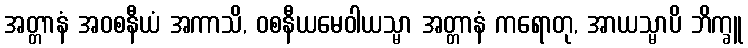
အတ္တာနံ အဝစနီယံ အကာသိ, ဝစနီယမေဝါယသ္မာ အတ္တာနံ ကရောတု, အာယသ္မာပိ ဘိက္ခူ